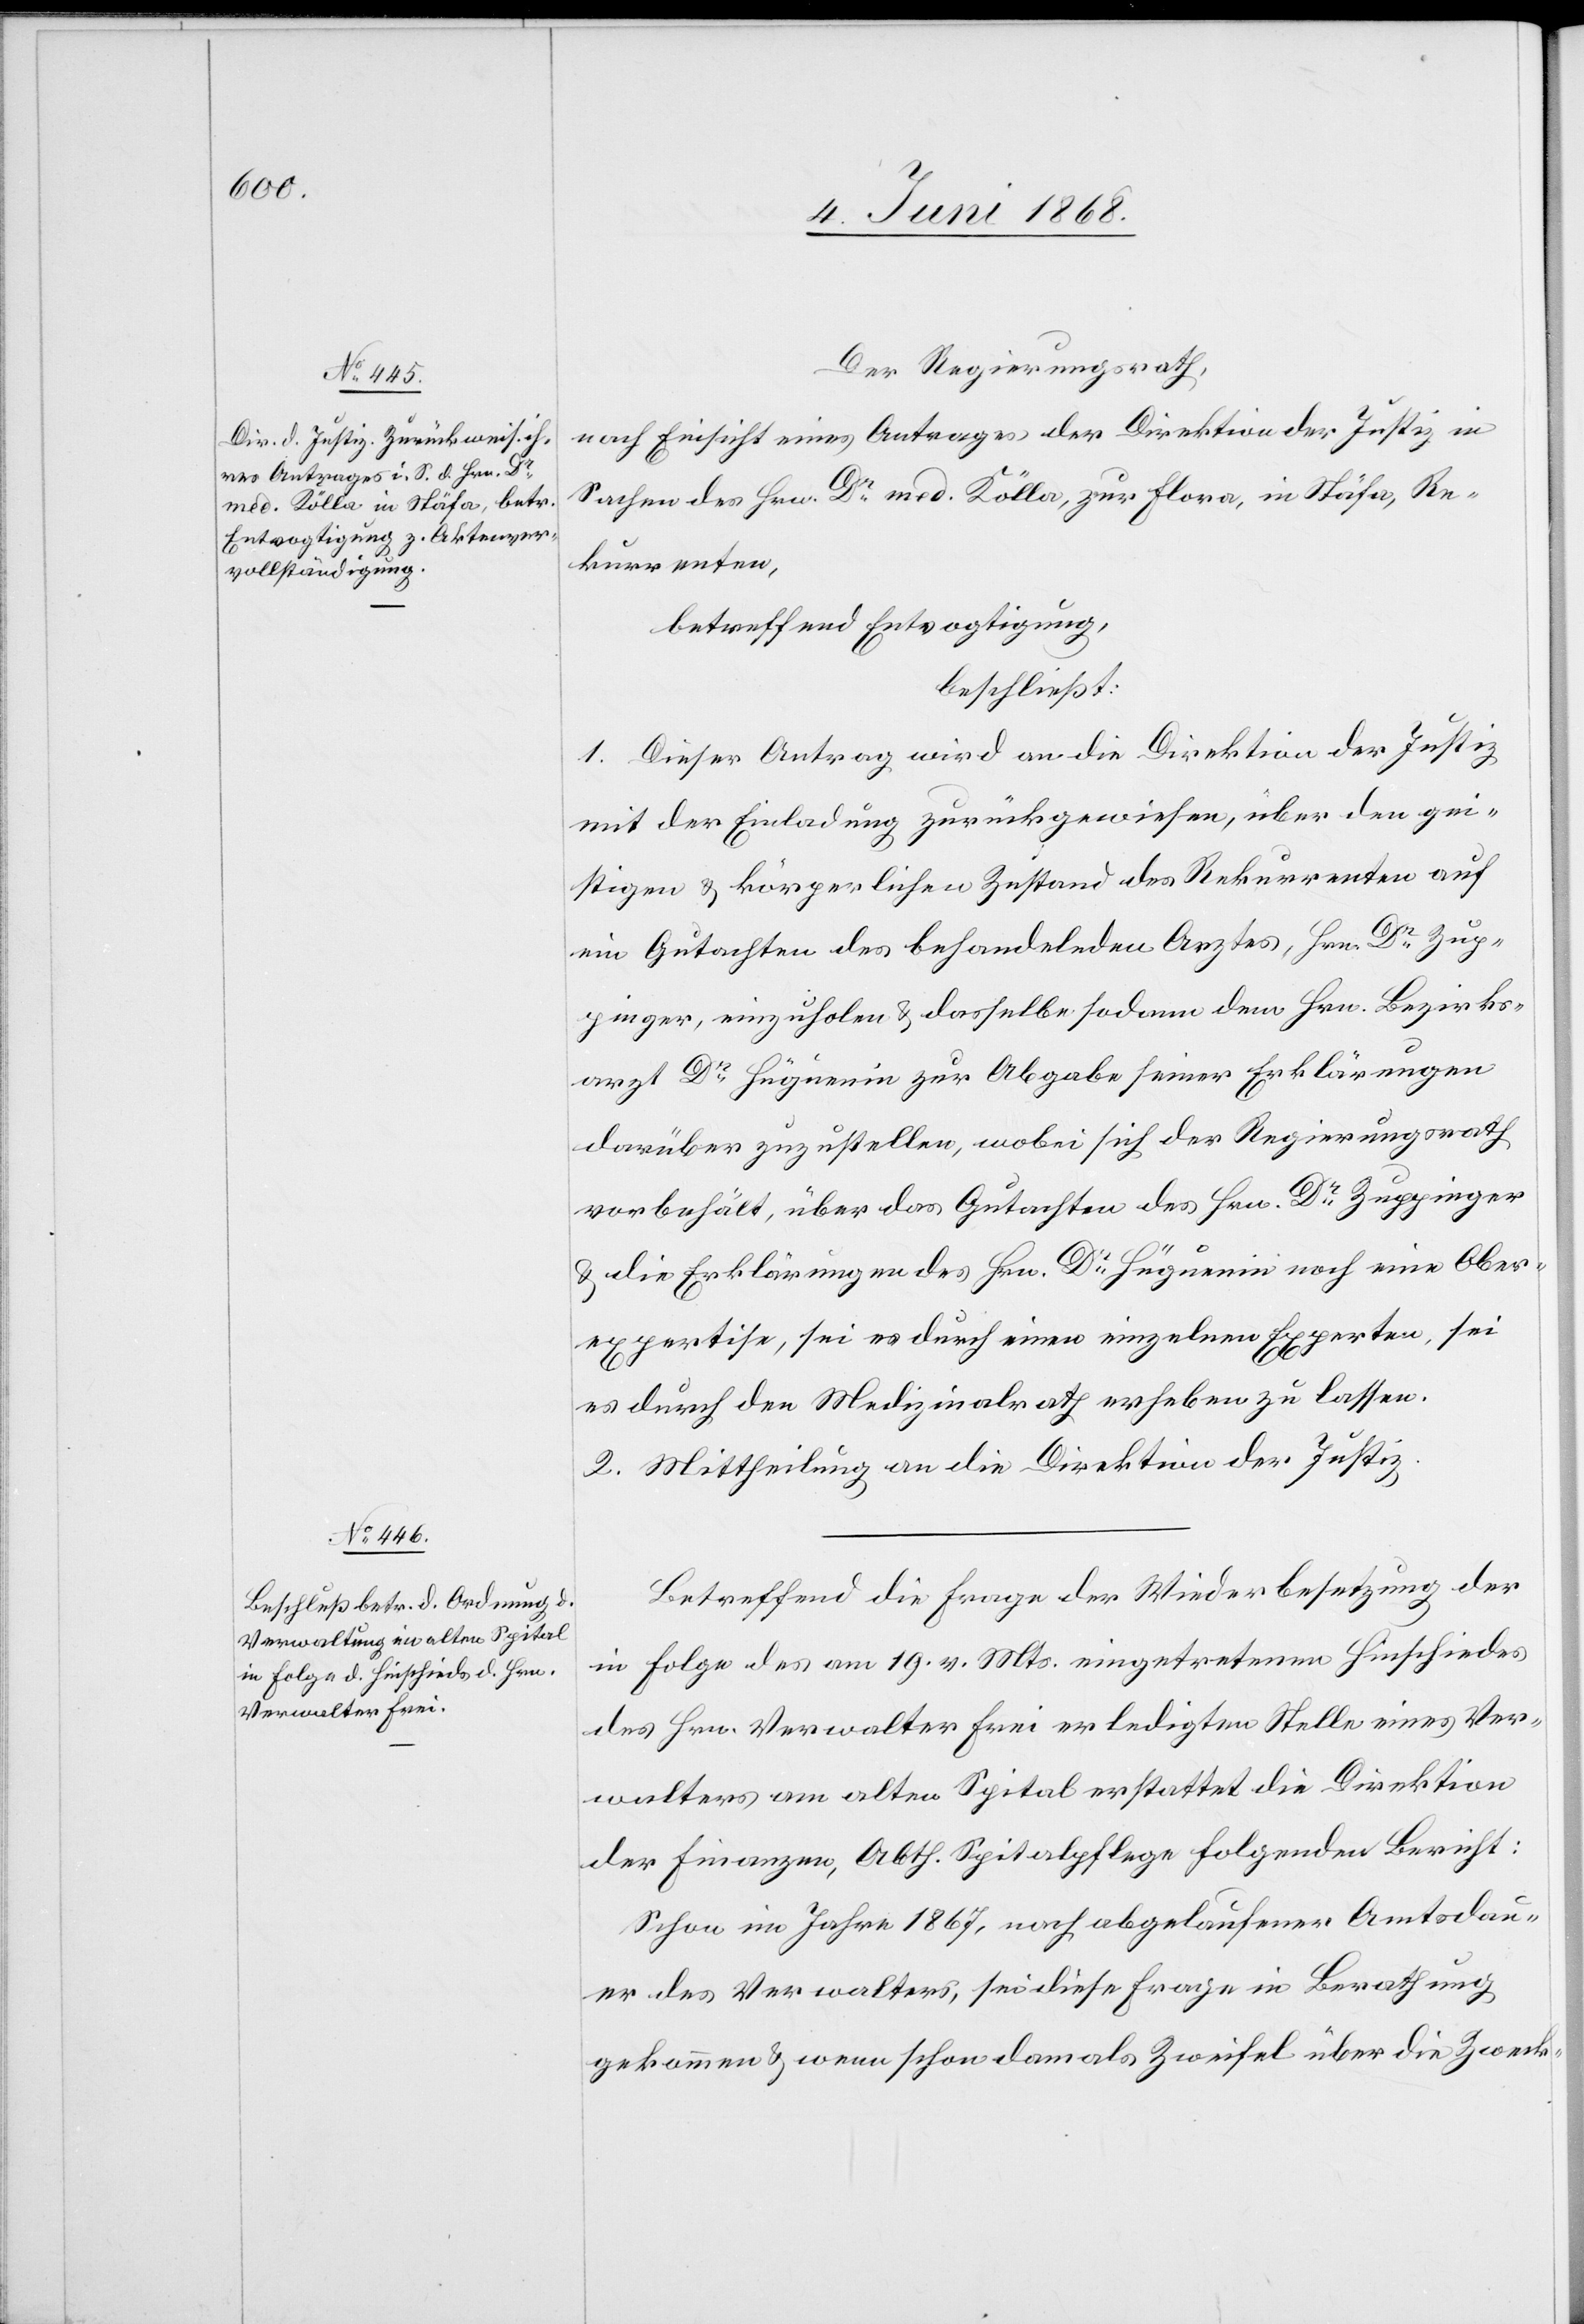
Der Regierungsrath,
nach Einsicht eines Antrages der Direktion der Justiz in
Sachen des Hrn. Dr. med. Kölla, zur Flora, in Stäfa, Re¬
kurrenten,
betreffend Entvogtigung,
beschließt:
1. Dieser Antrag wird an die Direktion der Justiz
mit der Einladung zurückgewiesen, über den ge¬
istigen & körperlichen Zustand des Rekurrenten auf
ein Gutachten des behandelnden Arztes, Hrn. Dr Zup¬
pinger, einzuholen & dasselbe sodann dem Hrn. Bezirks¬
arzt Dr Hüguenin zur Abgabe seiner Erklärungen
darüber zuzustellen, wobei sich der Regierungsrath
vorbehält, über das Gutachten des Hrn. Dr Zuppinger
& die Erklärungen des Hrn. Dr Hüguenin noch eine Ober¬
expertise, sei es durch einen einzelnen Experten, sei
es durch den Medizinalrath erheben zu lassen.
2. Mittheilung an die Direktion der Justiz.
Betreffend die Frage der Wiederbesetzung der
in Folge des am 19. v. Mts. eingetretenen Hinschiedes
des Hrn. Verwalter Frei erledigten Stelle eines Ver¬
walters am alten Spital erstattet die Direktion
der Finanzen, Abth. Spitalpflege folgenden Bericht:
Schon im Jahre 1867, nach abgelaufener Amtsdau¬
er des Verwalters, sei diese Frage in Berathung
gekommen & wenn schon damals Zweifel über die Zweck-